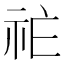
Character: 𱵇